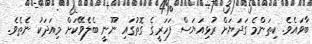
ބާވައެވެ. ކިތަންމެ ގަދަޔަށް ރުޅިއަޔަސް ފަހަރީގެ ގޮތުގައި ނޫނީ ބެލެވޭކަށް މިއަދަކު ނެތެވެ.